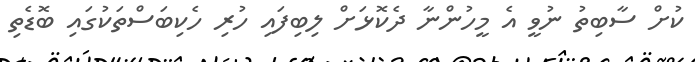
ކުށް ސާބިތު ނުވީ އެ މީހުންނާ ދެކޮޅަށް ލިބިފައި ހުރި ހެކިބަސްތަކުގައި ބޮޑެތި